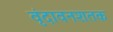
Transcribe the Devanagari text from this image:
वृंदावनशतक